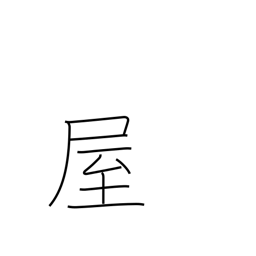
Meaning: seller